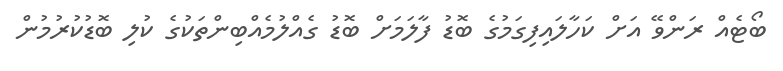
ބޯޓެއް ރަންވޭ އަށް ކަހާލައިފިގަމުގެ ބޮޑު ފާލަމަށް ބޮޑު ގެއްލުމެއްބިންތަކުގެ ކުލި ބޮޑުކުރުމުން